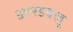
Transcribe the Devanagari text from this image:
आरडबलू